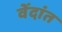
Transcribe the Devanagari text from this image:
वेंदांत